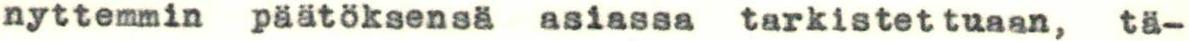
nyttemmin päätöksensä asiassa tarkistettuaan, tä-